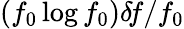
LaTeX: (f_{0}\log f_{0})\delta\! f/f_{0}